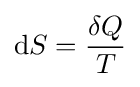
\mathrm {d} S={\frac {\delta Q}{T}}